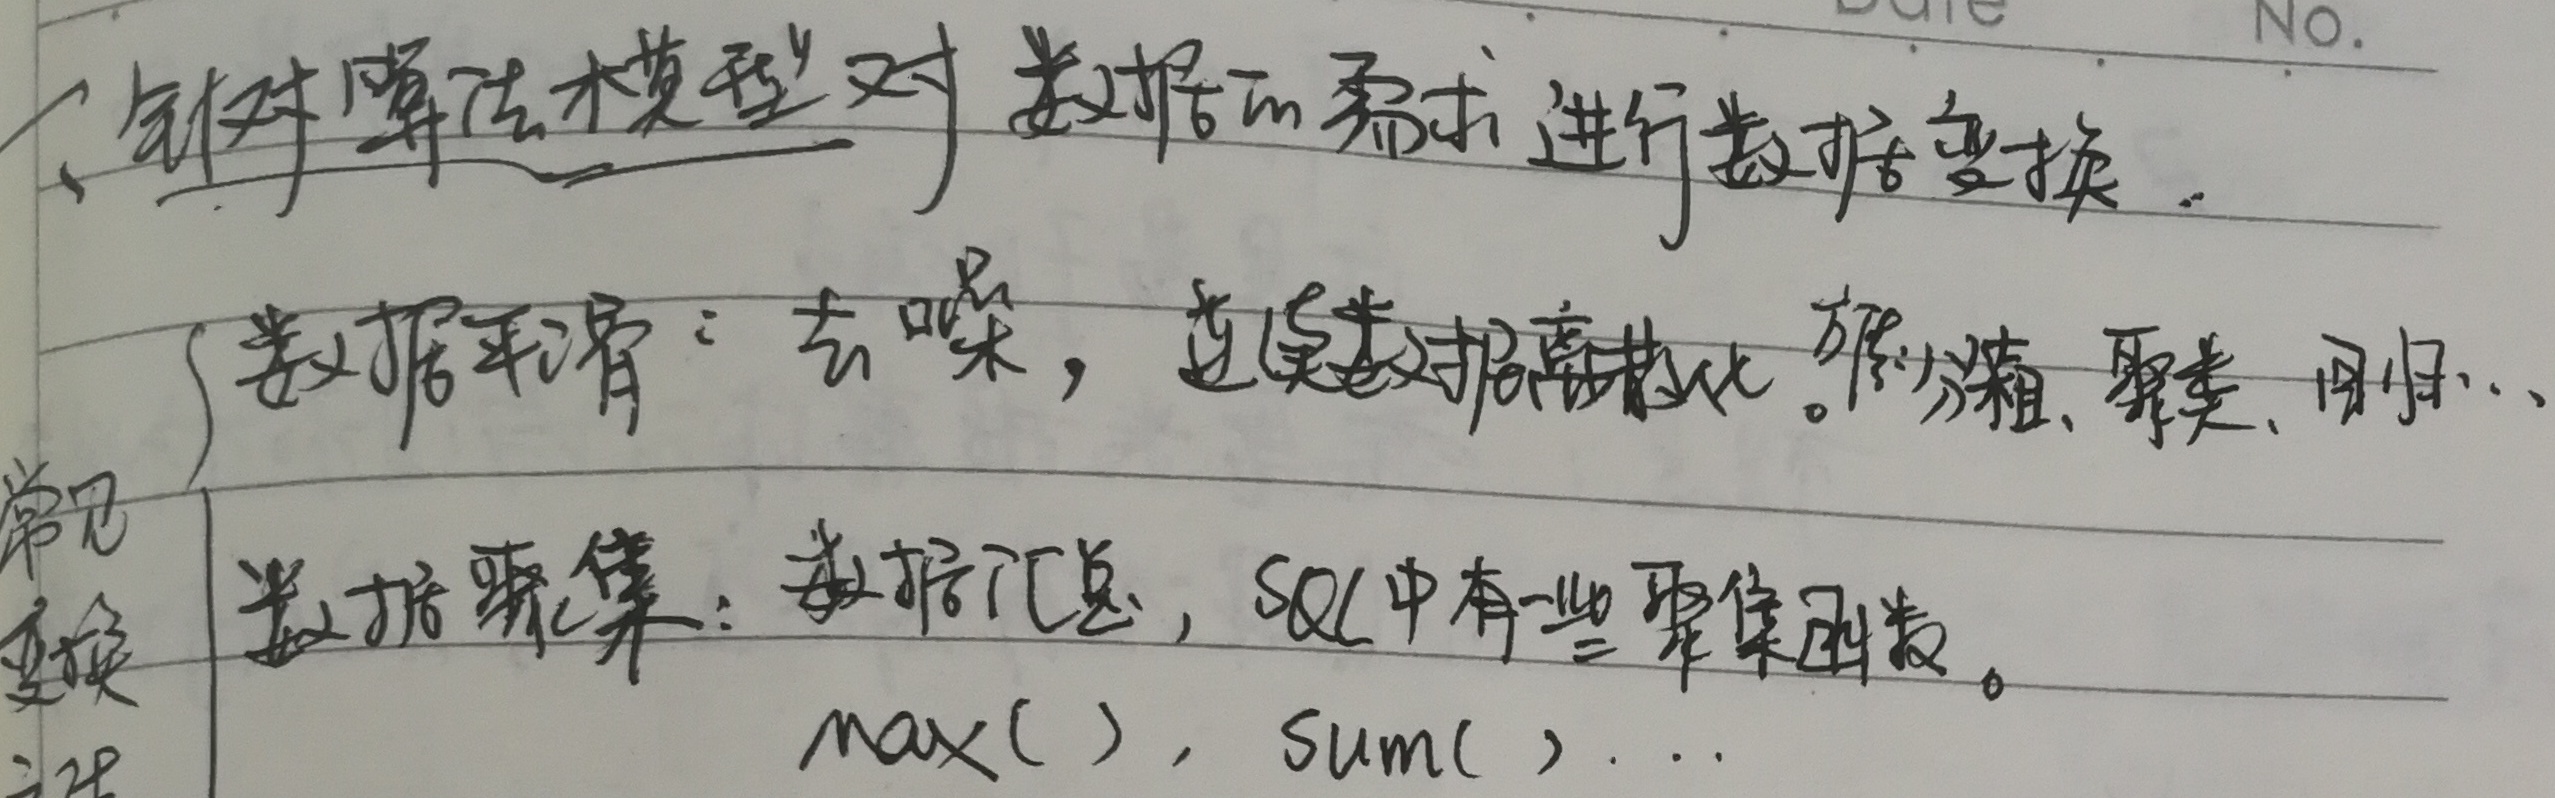
1. 针对算法模型对数据的需求进行数据变换。
   - 数据平滑：去噪，连续数据离散化。分类、聚类、回归…
   - 数据聚集：数据汇总，SQL中有一些聚集函数。
     - $\max( )$，$\sum( )$…